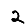
Digit: 2